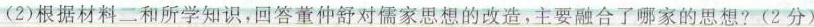
(2)根据材料二和所学知识，回答董仲舒对儒家思想的改造，主要融合了哪家的思想?(2分)